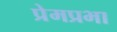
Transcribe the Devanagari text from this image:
प्रेमप्रभा